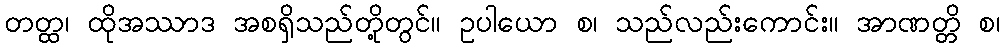
တတ္ထ၊ ထိုအဿာဒ အစရှိသည်တို့တွင်။ ဥပါယော စ၊ သည်လည်းကောင်း။ အာဏတ္တိ စ၊